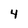
Character: 4